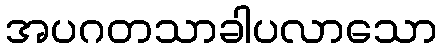
အပဂတသာခါပလာသော